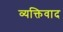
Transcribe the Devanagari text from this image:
व्‍यक्तिवाद